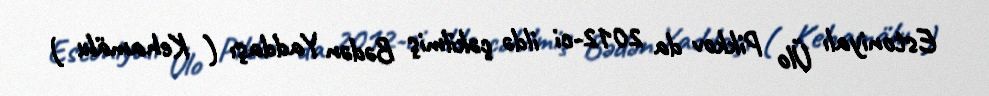
Estoniyalı Ülo Pikkov da 2012-ci ildə çəkilmiş Bədən Yaddaşı ( Kehamälu )